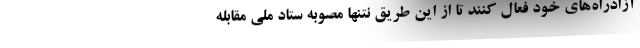
آزادراه‌های خود فعال کنند تا از این طریق نتنها مصوبه ستاد ملی مقابله